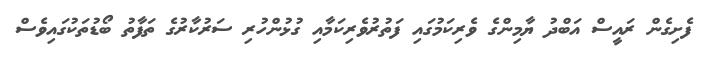
ފެށިގެން ރައީސް އަބްދު ޔާމިންގެ ވެރިކަމުގައި ފަތުރުވެރިކަމާއި ގުޅުންހުރި ސަރުކާރުގެ ތަފާތު ބޯޑުތަކުގައިވެސް